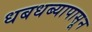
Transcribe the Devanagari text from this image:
धबधब्यापासून